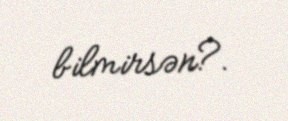
bilmirsən?.